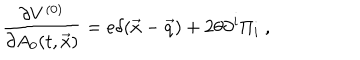
{ \frac { \partial V ^ { ( 0 ) } } { \partial A _ { 0 } ( t , \vec { x } ) } } = e \delta ( \vec { x } - \vec { q } ) + 2 \theta \partial ^ { i } \Pi _ { i } ~ ,